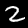
Label: 2